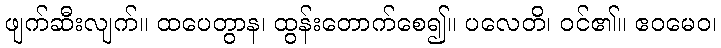
ဖျက်ဆီးလျက်။ ထပေတွာန၊ ထွန်းတောက်စေ၍။ ပလေတိ၊ ဝင်၏။ ဧဝမေဝ၊